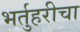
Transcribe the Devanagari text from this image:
भर्तुहरीचा